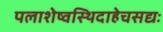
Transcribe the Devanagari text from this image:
पलाशेष्वस्थिदाहेचसद्यः